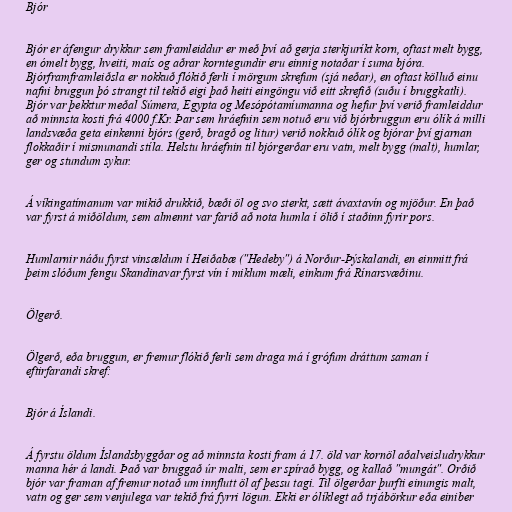
Bjór

Bjór er áfengur drykkur sem framleiddur er með því að gerja sterkjuríkt korn, oftast melt bygg,
en ómelt bygg, hveiti, maís og aðrar korntegundir eru einnig notaðar í suma bjóra.
Bjórframframleiðsla er nokkuð flókið ferli í mörgum skrefum (sjá neðar), en oftast kölluð einu
nafni bruggun þó strangt til tekið eigi það heiti eingöngu við eitt skrefið (suðu í bruggkatli).
Bjór var þekktur meðal Súmera, Egypta og Mesópótamíumanna og hefur því verið framleiddur
að minnsta kosti frá 4000 f.Kr. Þar sem hráefnin sem notuð eru við bjórbruggun eru ólík á milli
landsvæða geta einkenni bjórs (gerð, bragð og litur) verið nokkuð ólík og bjórar því gjarnan
flokkaðir í mismunandi stíla. Helstu hráefnin til bjórgerðar eru vatn, melt bygg (malt), humlar,
ger og stundum sykur.

Á víkingatímanum var mikið drukkið, bæði öl og svo sterkt, sætt ávaxtavín og mjöður. En það
var fyrst á miðöldum, sem almennt var farið að nota humla í ölið í staðinn fyrir pors.

Humlarnir náðu fyrst vinsældum í Heiðabæ ("Hedeby") á Norður-Þýskalandi, en einmitt frá
þeim slóðum fengu Skandinavar fyrst vín í miklum mæli, einkum frá Rínarsvæðinu.

Ölgerð.

Ölgerð, eða bruggun, er fremur flókið ferli sem draga má í grófum dráttum saman í
eftirfarandi skref:

Bjór á Íslandi.

Á fyrstu öldum Íslandsbyggðar og að minnsta kosti fram á 17. öld var kornöl aðalveisludrykkur
manna hér á landi. Það var bruggað úr malti, sem er spírað bygg, og kallað "mungát". Orðið
bjór var framan af fremur notað um innflutt öl af þessu tagi. Til ölgerðar þurfti einungis malt,
vatn og ger sem venjulega var tekið frá fyrri lögun. Ekki er ólíklegt að trjábörkur eða einiber